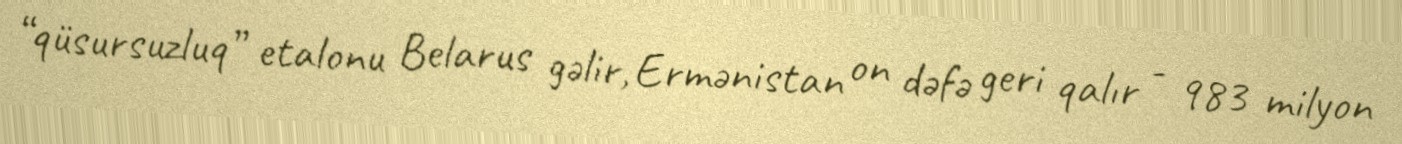
“qüsursuzluq” etalonu Belarus gəlir, Ermənistan on dəfə geri qalır - 983 milyon